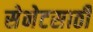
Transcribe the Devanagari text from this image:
सेनेटसाठी